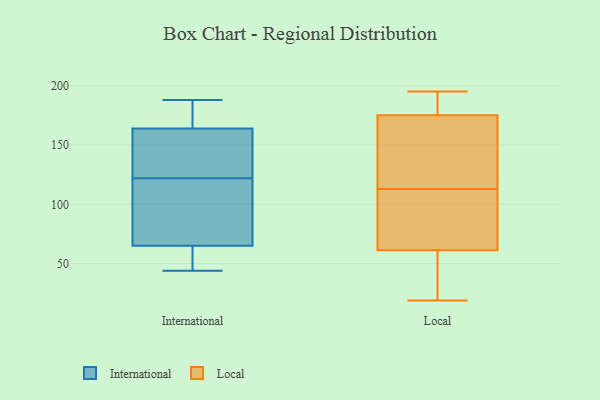
{"axis": {"x": "Shipments", "y": "Value"}, "legend": ["International", "Local"], "data": [{"x": "", "y": 68, "type": "International"}, {"x": "", "y": 147, "type": "International"}, {"x": "", "y": 75, "type": "International"}, {"x": "", "y": 44, "type": "International"}, {"x": "", "y": 57, "type": "International"}, {"x": "", "y": 159, "type": "International"}, {"x": "", "y": 176, "type": "International"}, {"x": "", "y": 143, "type": "International"}, {"x": "", "y": 62, "type": "International"}, {"x": "", "y": 169, "type": "International"}, {"x": "", "y": 101, "type": "International"}, {"x": "", "y": 188, "type": "International"}, {"x": "", "y": 180, "type": "Local"}, {"x": "", "y": 113, "type": "Local"}, {"x": "", "y": 163, "type": "Local"}, {"x": "", "y": 179, "type": "Local"}, {"x": "", "y": 195, "type": "Local"}, {"x": "", "y": 19, "type": "Local"}, {"x": "", "y": 48, "type": "Local"}, {"x": "", "y": 186, "type": "Local"}, {"x": "", "y": 66, "type": "Local"}, {"x": "", "y": 65, "type": "Local"}, {"x": "", "y": 148, "type": "Local"}, {"x": "", "y": 112, "type": "Local"}, {"x": "", "y": 195, "type": "Local"}, {"x": "", "y": 62, "type": "Local"}, {"x": "", "y": 61, "type": "Local"}, {"x": "", "y": 141, "type": "Local"}, {"x": "", "y": 55, "type": "Local"}, {"x": "", "y": 33, "type": "Local"}, {"x": "", "y": 137, "type": "Local"}]}